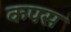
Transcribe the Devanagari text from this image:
कपस